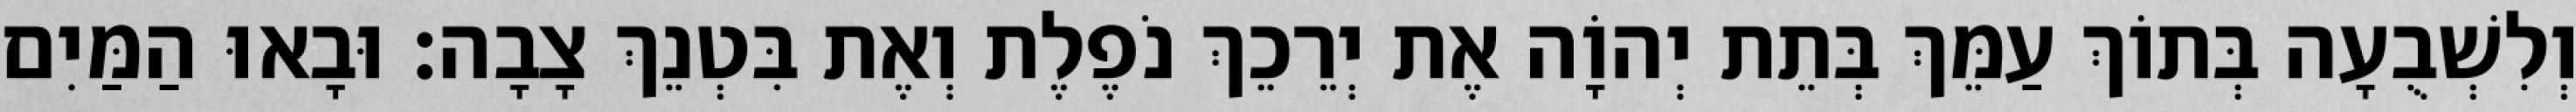
וְלִשְׁבֻעָה בְּתוֹךְ עַמֵּךְ בְּתֵת יְהוָֹה אֶת יְרֵכֵךְ נֹפֶלֶת וְאֶת בִּטְנֵךְ צָבָה׃ וּבָאוּ הַמַּיִם